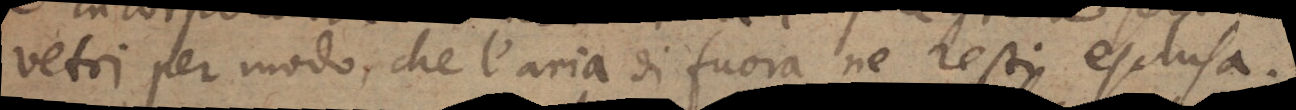
vetri, per modo, che l’aria di fuora ne resti esclusa.